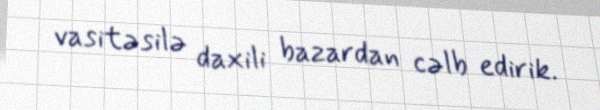
vasitəsilə daxili bazardan cəlb edirik.